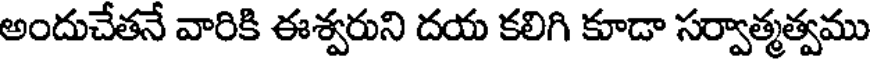
అందుచేతనే వారికి ఈశ్వరుని దయ కలిగి కూడా సర్వాత్మత్వము